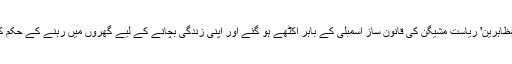
تیس اپریل کو یہ سفید فام 'مظاہرین' ریاست مشیگن کی قانون ساز اسمبلی کے باہر اکٹھے ہو گئے اور اپنی زندگی بچانے کے لیے گھروں میں رہنے کے حکم کے خلاف نعرے بازی کی۔